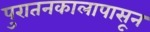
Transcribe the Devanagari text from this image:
पुरातनकालापासून